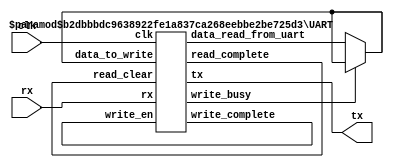
// Clock freq : 100MHz 
// Baud rate  : 115200 bps
// Data bit   : 8 bits
// Parity bit : None
// stop bit   : 1 bit
//     .

// UART Controller

`define PARITY_NONE  0
`define PARITY_ODD   1
`define PARITY_EVEN  2
`define PARITY_MARK  3
`define PARITY_SPACE 4

module UART_Controller # (
	parameter CLK_FREQ = 100000000, // parameter    
	parameter BAUD_RATE = 115200,
	parameter OVER_SAMPLES = 16,
	parameter DATA_BITS = 8,
	parameter PARITY = `PARITY_NONE,
	parameter STOP_BITS = 1
	)	(
	input wire clk, // E3
	output wire tx, // FPGA Tx D10 -> PC Rx
	input wire rx // PC Tx -> FPGA Rx A9
	);

	// reg write_en;
	// reg write_busy;
	// reg read_clear;
	// reg read_complete;
	// reg [DATA_BITS-1:0] data_in;
	// reg [DATA_BITS-1:0] data_out;

	// wire [DATA_BITS-1:0] data_to_write;
	// wire [DATA_BITS-1:0] data_read_from_uart;

	// assign data_to_write = data_out;

	wire [DATA_BITS-1:0] data_to_write;
	wire [DATA_BITS-1:0] data_read_from_uart; // PC -> rx -> data_read_from_uart -> data_to_write -> tx -> PC
	wire write_en; //      .
	wire write_busy;
	wire write_complete;
	wire read_clear;
	wire read_complete;

	UART # (
		.CLK_FREQ(CLK_FREQ),
		.BAUD_RATE(BAUD_RATE),
		.OVER_SAMPLES(OVER_SAMPLES),
		.DATA_BITS(DATA_BITS),
		.PARITY(PARITY),
		.STOP_BITS(STOP_BITS)
	) _UART (
		.clk(clk),
		.tx(tx),
		.rx(rx),
		.data_to_write(data_to_write),
		.data_read_from_uart(data_read_from_uart),
		.write_en(write_en),
		.write_busy(write_busy),
		.write_complete(write_complete),
		.read_clear(read_clear),
		.read_complete(read_complete)
	);

	//  
	assign data_to_write = (!write_busy ? data_read_from_uart : data_to_write);
	assign write_en = write_complete;
	assign read_clear = read_complete;

	// initial
	// begin
		// write_en <= 1'b0;
		// write_busy <= 1'b0;
		// read_clear <= 1'b0;
		// read_complete <= 1'b0;
		// data_to_write <= 0;
		// data_read_from_uart <= 0;
	// end

	//  
	// always @ (posedge clk)
	// begin
		// if (read_complete && !write_busy)
		// begin
			// data_out <= data_read_from_uart;
			// write_en <= 1'b1;
			// read_complete <= 1'b0;
		// end
	// end

endmodule

// UART Interface
module UART # (
	parameter CLK_FREQ = 100000000,
	parameter BAUD_RATE = 115200,
	parameter OVER_SAMPLES = 16,
	parameter DATA_BITS = 8,
	parameter PARITY = `PARITY_NONE,
	parameter STOP_BITS = 1
	)	(
	input wire clk,
	output reg tx,
	input wire rx,
	input wire [DATA_BITS-1:0] data_to_write,
	output wire [DATA_BITS-1:0] data_read_from_uart,
	input wire write_en,
	output wire write_busy,
	output wire write_complete,
	input wire read_clear,
	output wire read_complete
	);

	wire rx_clk_en;
	wire tx_clk_en;

	// Generate baud rate by dividing a 100MHz clock into a 115200 baud.
	// rx/tx pair where the rx clcken oversamples by 16x.
	localparam RX_ACC_MAX = CLK_FREQ / (BAUD_RATE * OVER_SAMPLES); // 54.253
	localparam TX_ACC_MAX = CLK_FREQ / BAUD_RATE; // 868.056
	localparam RX_ACC_WIDTH = $clog2(RX_ACC_MAX); // 5.762 = 6
	localparam TX_ACC_WIDTH = $clog2(TX_ACC_MAX); // 9.762 = 10

	localparam DATA_BIT_WIDTH = $clog2(DATA_BITS);
	localparam STOP_BIT_WIDTH = $clog2(STOP_BITS);

	reg [RX_ACC_WIDTH - 1:0] rx_acc = 0;
	reg [TX_ACC_WIDTH - 1:0] tx_acc = 0;

	assign rx_clk_en = (rx_acc == 0);
	assign tx_clk_en = (tx_acc == 0);

	// generate Rx tick
	always @ (posedge clk)
	begin
		if (rx_acc == RX_ACC_MAX[RX_ACC_WIDTH - 1:0])
		begin
			rx_acc <= 0;
		end
		else
		begin
			rx_acc <= rx_acc + 1;
		end
	end

	// generate Tx tick
	always @ (posedge clk)
	begin
		if (tx_acc == TX_ACC_MAX[TX_ACC_WIDTH - 1:0])
		begin
			tx_acc <= 0;
		end
		else
		begin
			tx_acc <= tx_acc + 1;
		end
	end

	// Tx
	initial
	begin
		 tx <= 1'b1;
	end

	localparam TX_STATE_READY = 3'b000;
	localparam TX_STATE_START = 3'b001;
	localparam TX_STATE_DATA = 3'b010;
	localparam TX_STATE_PARITY = 3'b011;
	localparam TX_STATE_STOP = 3'b100;
	localparam TX_STATE_FINISHED = 3'b101;

	reg [DATA_BITS-1:0] data = 0;
	reg [DATA_BIT_WIDTH-1:0] index_tx = 0;
	reg [($clog2(STOP_BIT_WIDTH) > 0 ? $clog2(STOP_BIT_WIDTH)-1 : 0):0] stop_cnt = 0;
	reg [1:0] state_tx = TX_STATE_READY;

	always @ (posedge clk)
	begin
		case (state_tx)
			TX_STATE_READY:
			begin
				if (write_en)
				begin
					state_tx <= TX_STATE_START;
					data <= data_to_write;
					index_tx <= 0;
				end
			end

			TX_STATE_START:
			begin
				if (tx_clk_en)
				begin
					tx <= 1'b0; // start bit
					state_tx <= TX_STATE_DATA;
				end
			end

			TX_STATE_DATA:
			begin
				if (tx_clk_en)
				begin
					if (index_tx == DATA_BIT_WIDTH - 1)
					begin
						state_tx <= TX_STATE_STOP;
					end
					else
					begin
						index_tx <= index_tx + 1;
					end
					tx <= data[index_tx];
				end
			end

			TX_STATE_PARITY:
			begin
				if (tx_clk_en)
				begin
					case (PARITY)
						`PARITY_NONE:;
						`PARITY_ODD:
						begin
							tx <= ~^data;
						end

						`PARITY_EVEN:
						begin
							tx <= ^data;
						end

						`PARITY_MARK:
						begin
							tx <= 1'b1; // mark bit = logic 1
						end

						`PARITY_SPACE:
						begin
							tx <= 1'b0; // space bit = logic 0
						end
						default:;
					endcase
					state_tx <= TX_STATE_STOP;
				end
			end

			TX_STATE_STOP:
			begin
				if (tx_clk_en)
				begin
					if (stop_cnt < STOP_BITS)
					begin
						tx <= 1'b1; // stop bit
						stop_cnt <= stop_cnt + 1;
					end
					else
					begin
						state_tx <= TX_STATE_FINISHED;
					end
				end
			end

			TX_STATE_FINISHED:
			begin
				// This state is to make sure that writing job has finished.
				state_tx <= TX_STATE_READY;
			end

			default:
			begin
				tx <= 1'b1;
				state_tx <= TX_STATE_READY;
			end
		endcase
	end

	assign write_busy = (state_tx != TX_STATE_READY);
	assign write_complete = (state_tx == TX_STATE_FINISHED);

	// Rx
	initial
	begin
		data <= 0;
	end

	localparam RX_STATE_START = 2'b00;
	localparam RX_STATE_DATA = 2'b01;
	localparam RX_STATE_STOP = 2'b10;
	localparam RX_STATE_FINISHED = 2'b11;

	reg [OVER_SAMPLES-1:0] sample = 0;
	reg [OVER_SAMPLES-1:0] index_rx = 0;
	reg [2*OVER_SAMPLES-1:0] scratch = 0;
	reg [1:0] state_rx = RX_STATE_START;

	always @(posedge clk)
	begin
		if (read_clear)
		begin
			sample <= 0;
			index_rx <= 0;
			scratch <= 0;
		end
		else
		begin
			if (rx_clk_en)
			begin
				case (state_rx)
					RX_STATE_START:
					begin
						// Start counting from the first low sample,
						// once we've sampled a full bit, start collecting data bits.
						if (!rx || sample != 0)
						begin
							sample <= sample + 1;
						end

						if (sample == OVER_SAMPLES - 1)
						begin
							state_rx <= RX_STATE_DATA;
							index_rx <= 0;
							sample <= 0;
							scratch <= 0;
						end
					end

					RX_STATE_DATA:
					begin
						sample <= sample + 1;
						if (sample == OVER_SAMPLES / 2)
						begin
							scratch[index_rx[2:0]] <= rx;
							index_rx <= index_rx + 1;
						end
						if (index_rx == OVER_SAMPLES / 2 && sample == OVER_SAMPLES - 1)
						begin
							state_rx <= RX_STATE_STOP;
						end
					end

					RX_STATE_STOP:
					begin
						// Our baud clock may not be running at exactly the same rate as the transmitter.
						// If we thing that we're at least half way into the stop bit,
						// allow transition into handling the next start bit.
						if (sample == OVER_SAMPLES - 1 || (sample >= OVER_SAMPLES / 2 && !rx))
						begin
							data <= scratch;
							sample <= 0;
							state_rx <= RX_STATE_FINISHED;
						end
						else
						begin
							sample <= sample + 1;
						end
					end

					RX_STATE_FINISHED:
					begin
						// This state is to make sure that writing job has finished.
						state_rx <= RX_STATE_START;
					end

					default:
					begin
						state_rx <= RX_STATE_START;
					end
				endcase
			end
		end
	end
endmodule